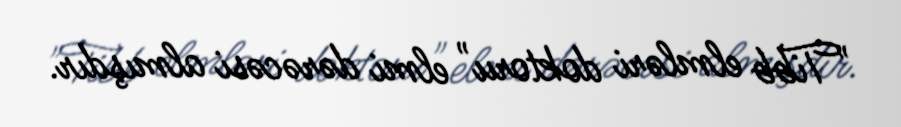
"Tibb elmləri doktoru" elmi dərəcəsi almışdır.